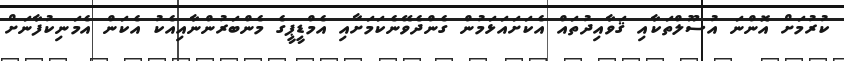
ކުރުމަށް އޮންނަ އުސޫލްތަކާއި ޤަވާއިދުތައް އެކަށައަޅަމުން ގެންދެވޭނެކަމަށާއި އެމްޑީޕީގެ މެންބަރުންނާއިއެކު އެކަން އެމަނިކުފާނަށް